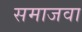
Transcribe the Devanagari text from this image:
समाजवा